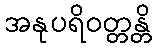
အနုပရိဝတ္တန္တိ